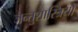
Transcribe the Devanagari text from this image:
जन्तुशास्त्रियों